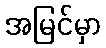
အမြင်မှာ